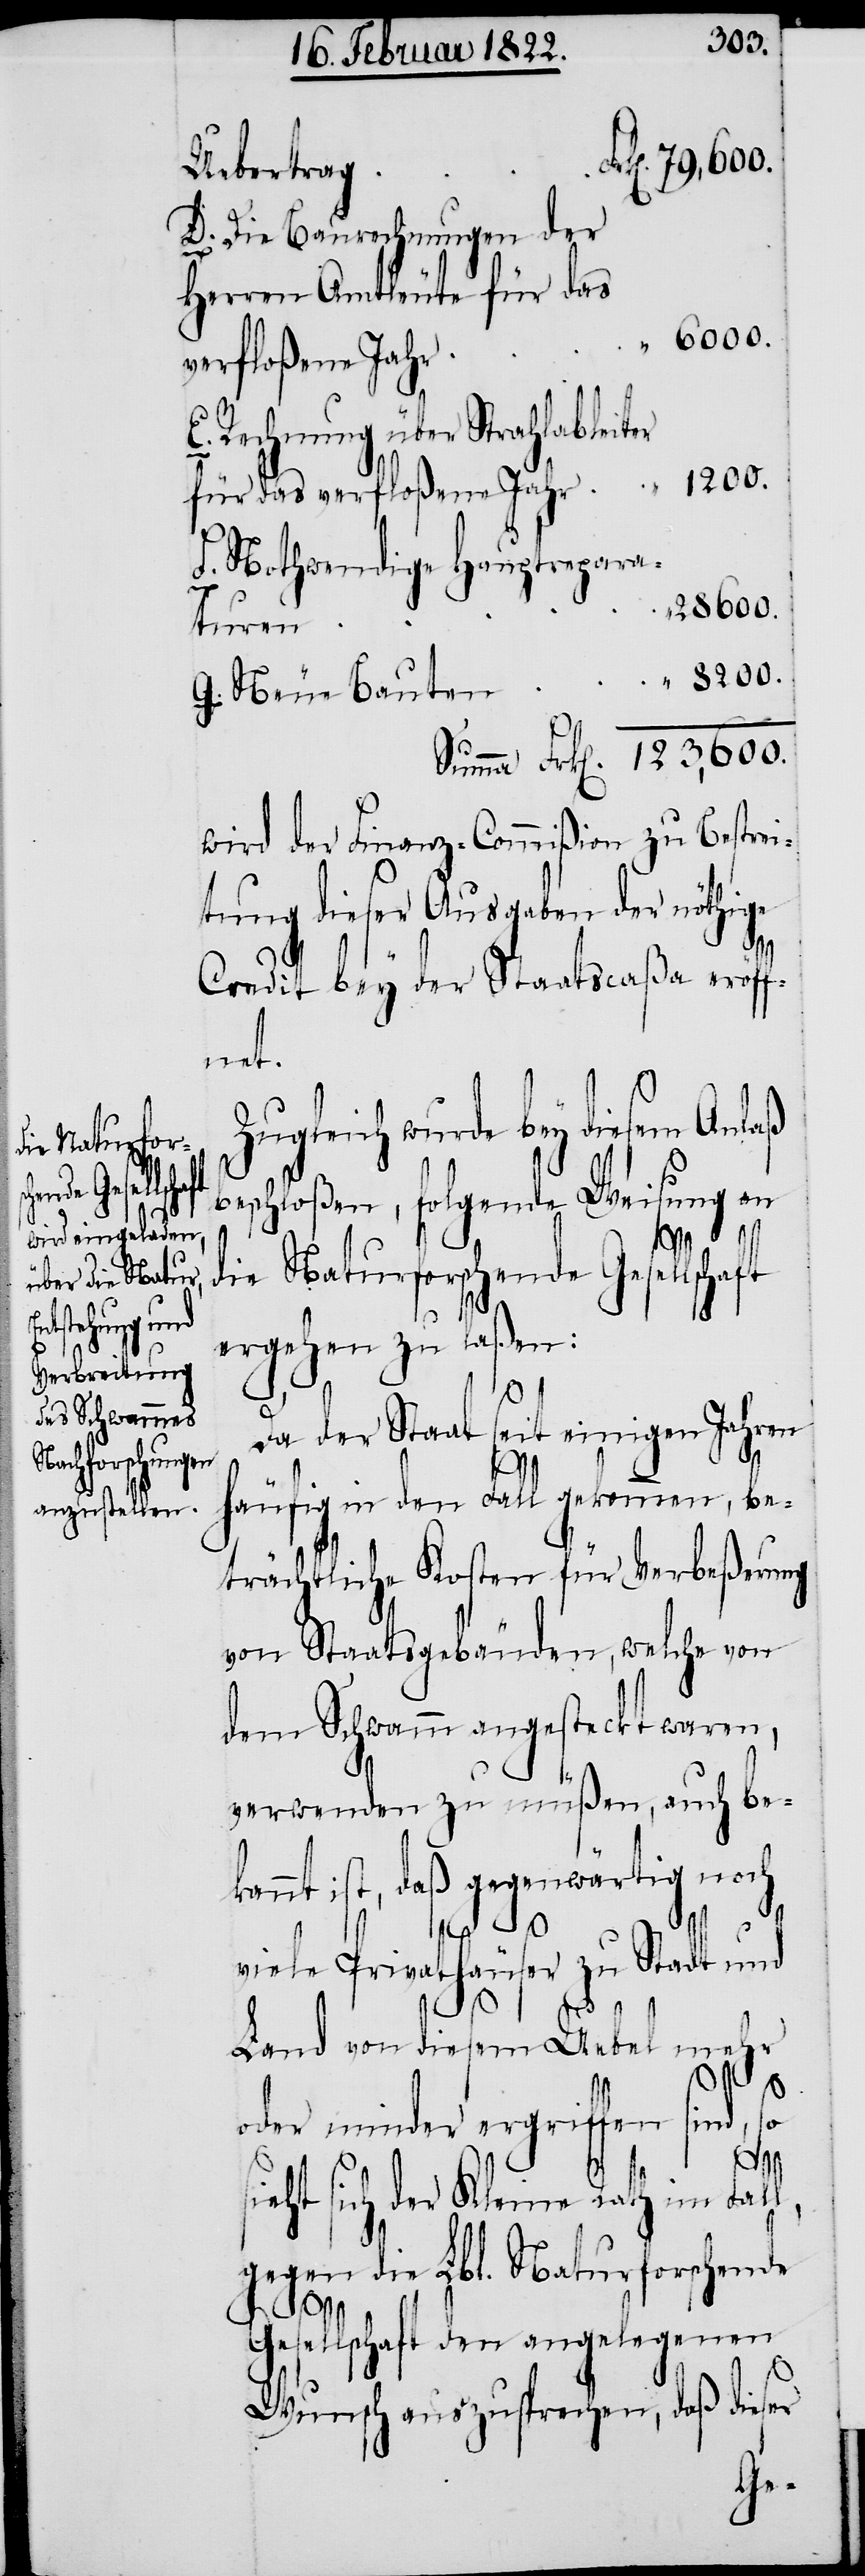
79,600.
Uebertrag
D. Die Baurechnungen der
Herren Amtleute für das
“ 6000.
verfloßene Jahr
E. Rechnung über Strahlableiter
“ 1200.
für das verfloßene Jahr
F. Nothwendige Hauptrepara¬
G.
123,600.
turen
wird der Finanz-Commißion zu Bestrei¬
tung diese Ausgaben der nöthige
Credit bey der Staatscaßa eröff¬
net.
Zugleich wurde bey diesem Anlaß
beschloßen, folgende Weisung an
die Naturforschende Gesellschaft
ergehen zu laßen:
Da der Staat seit einigen Jahren
häufig in den Fall gekommen, be¬
trächtliche Kosten für Verbeßerung
von Staatsgebäuden, welche von
dem Schwamm angesteckt waren,
verwenden zu müßen, auch be¬
kannt ist, daß gegenwärtig noch
viele Privathäuser zu Stadt und
Land von diesem Uebel mehr
oder minder ergriffen sind, so
sieht sich der Kleine Rath im Fall,
gegen die Lbl. Naturforschende
Gesellschaft den angelegenen
Wunsch auszusprechen, daß dieser